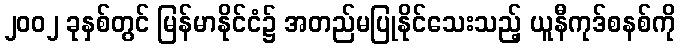
၂၀၀၂ ခုနှစ်တွင် မြန်မာနိုင်ငံ၌ အတည်မပြုနိုင်သေးသည့် ယူနီကုဒ်စနစ်ကို